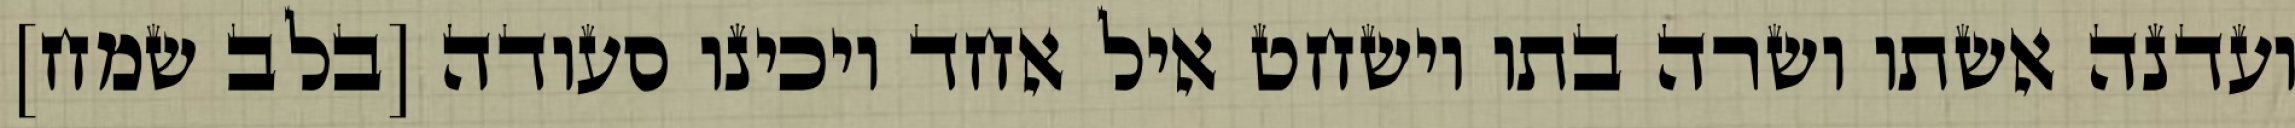
ועדנה אשתו ושרה בתו וישחט איל אחד ויכינו סעודה [בלב שמח]